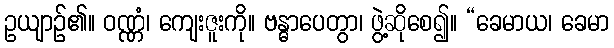
ဥယျာဉ်၏။ ဝဏ္ဏံ၊ ကျေးဇူးကို။ ဗန္ဓာပေတွာ၊ ဖွဲ့ဆိုစေ၍။ “ခေမာယ၊ ခေမာ